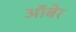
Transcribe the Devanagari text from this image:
ऑबेर